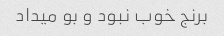
برنج خوب نبود و بو میداد